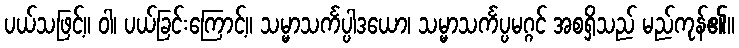
ပယ်သဖြင့်။ ဝါ၊ ပယ်ခြင်းကြောင့်။ သမ္မာသင်္ကပ္ပါဒယော၊ သမ္မာသင်္ကပ္ပမဂ္ဂင် အစရှိသည် မည်ကုန်၏။